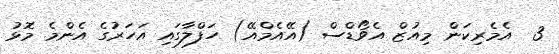
3  އެމެރިކަން މިއުޒް އެވޯޑްސް (އޭއެމްއޭ) ހަފްލާގައި އަހަރުގެ އެންމެ މޮޅު